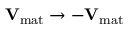
\mathbf { V } _ { \mathrm { m a t } } \to - \mathbf { V } _ { \mathrm { m a t } }